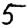
Digit: 5